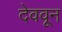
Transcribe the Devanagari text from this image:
देववून